Lock hospitals Punjab
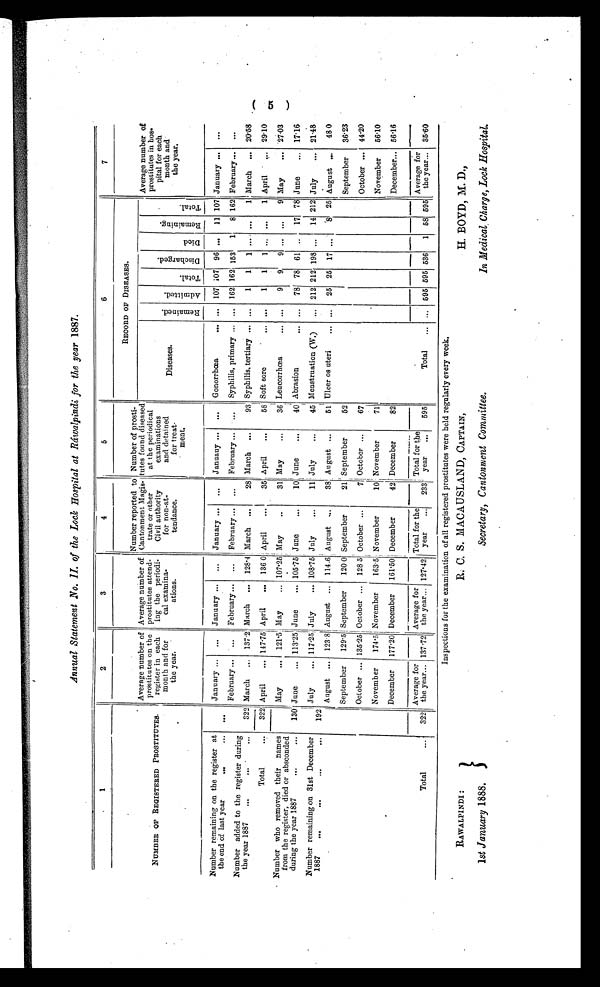
Annual Statement No. II. of the Lock Hospital at Ráwalpindi for the year 1887.
1
2
3
4
5
6
7
NUMBER OF REGISTERED PROSTITUTES.
Average number of
prostitutes on the
register in each
month and for
the year.
Average number of
prostitutes attend-
ing the periodi-
cal examina-
ations.
Number reported to
Cantonment Magis-
trate or other
Civil authority
for non-at-
tendance.
Number of prosti-
tutes found diseased
at the periodical
examinations
and detained
for treat-
ment.
RECORD OF DISEASES.
Average number of
prostitutes in hos-
pital for each
mo n t h a n d
the year.
D i s e a s e s .
R e m a i n e d .
-
A d m i t t e d .
T o t a l .
Di s c h a r g e d .
Di ed.
R e m a i n i n g .
T o t a l .
Number remaining on the register at
the end of last year
...
. . .
. . .
January ...
...
January ...
...
January ... ...
Januauy ...
...
Gonorrhœa
... ... 107 107 96 ...
11 107 January ...
...
February ...
...
February ... ...
February ... ...
February ...
Syphilis, primary ...
. . . 162 162 153
1
8 162 February ... ...
Number added the register during
the year 1887
... ... ...
322 March ... 137.2 March ... 128.4 March ...
28 March ...
93 Syphilis, tertiary ... ...
1 1 1 ... ...
1 March ... 20.58
T o t a l . . .
—
322 — April
... 147.75 April
... 136.0 April
...
35 April
...
58 Soft sore ... ...
1
1 1 ... ...
1 April
... 29.10
Number who removed their names
from the register, died or absconded
during the year 1887
...
...
130
May
... 121.5 May
... 107.25 May
...
31 May
...
36 Leucorrhœa
... ...
9
9 9 ... ...
9 May
... 27.03
June
... 113.25 June
... 105.15 June
...
10 June
...
40 Abrasion
...
. . . 78 78 61 ... 17 78 June
...
17.16
Number remaining on 31st December
1887
...
... ...
...
192
July
... 117 .25 July
... 108.75 July
...
11 July
...
45 Menstruation (W.)
... 212 212 198 ... 14 212 July
... 21.48
August ... 123.8 August ... 114.6 August ...
38 August ...
51 Ulcer os uteri
...
. . . 25 25 17 ...
8 25 August ...
480
September
129.5 September
120.0 September
21 September
52
September
36.23
October... 135.25 October ... 128.5 October ...
7 October ...
67
October ... 44.20
November
174.5 November
163.5 November
10 November
71
November
56.10
December
177.20 December
161.50 December
42 December
82
December... 55.16
Total
...
322
Average for
the year... 137.72
Average for
the year... 127.42
Total for the
year
...
233
Total for the
year
...
595
Total
. . .
... 595 595 536
1 58 595
Average for
the year... 35.60
Cc
RAWALPINDI :
1st January 1888.
Inspections for the examination of all registered prostitutes were held regularly every week,
B. C. S. MACAUSLAND, CAPTAIN,
Secretary, Cantonment Committee.
H. BOYD, M. D.,
In Medical, Charge, Lock Hospital.